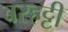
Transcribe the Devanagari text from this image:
बरहट्टी